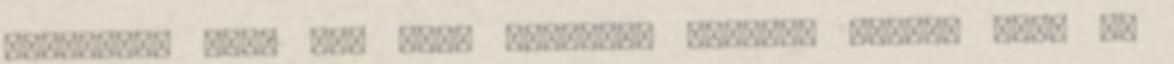
Tasigna-t vett be, mint amennyit kellett volna, vagy ha